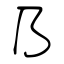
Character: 乃